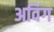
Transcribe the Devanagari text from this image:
अविंग